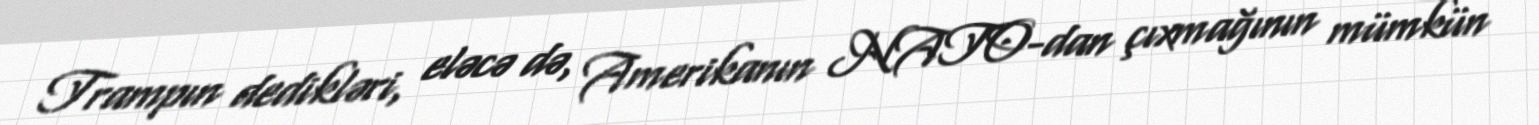
Trampın dedikləri, eləcə də, Amerikanın NATO-dan çıxmağının mümkün